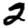
Digit: 2